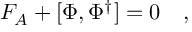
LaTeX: F _ { A } + [ \Phi , \Phi ^ { \dagger } ] = 0 \quad ,